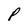
Character: P